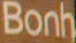
Bonh